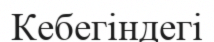
Кебегіндегі